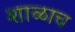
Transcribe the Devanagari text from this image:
शाळाच